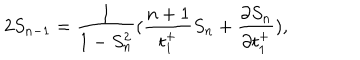
LaTeX: 2 S _ { n - 1 } = \frac { 1 } { 1 - S _ { n } ^ { 2 } } ( \frac { n + 1 } { t _ { 1 } ^ { + } } S _ { n } + \frac { \partial S _ { n } } { \partial t _ { 1 } ^ { + } } ) ,